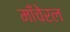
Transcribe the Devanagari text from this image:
माँचेरल